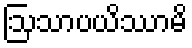
ဩသာပယိဿာမိ